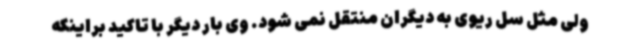
ولی مثل سل ریوی به دیگران منتقل نمی شود. وی بار دیگر با تاکید براینکه